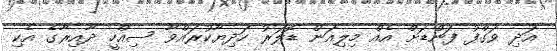
އަދި ވަގްފު ފަންޑަށް އެއް މިލިއަން ޑޮލަރު ހަދިޔާކުރައްވާ ސިއްހީ ދާއިރާގެ އެކި